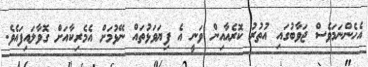
އެހެންނަމަވެސް ޖަވާބުގައި އުތުރު ކޮރެއާއިން ވަނީ އެ ފިޔަވަޅުތައް ނޭޅުމަށް އެމެރިކާއަށް ގޮވާލައިފައެވެ.